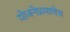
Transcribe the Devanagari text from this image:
योजनेप्रमाणेच